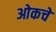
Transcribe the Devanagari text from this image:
ओकचे